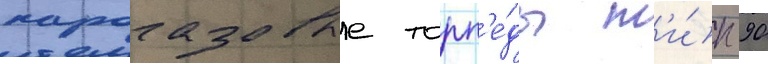
парогазовые торп'е́ды т'и́п 90